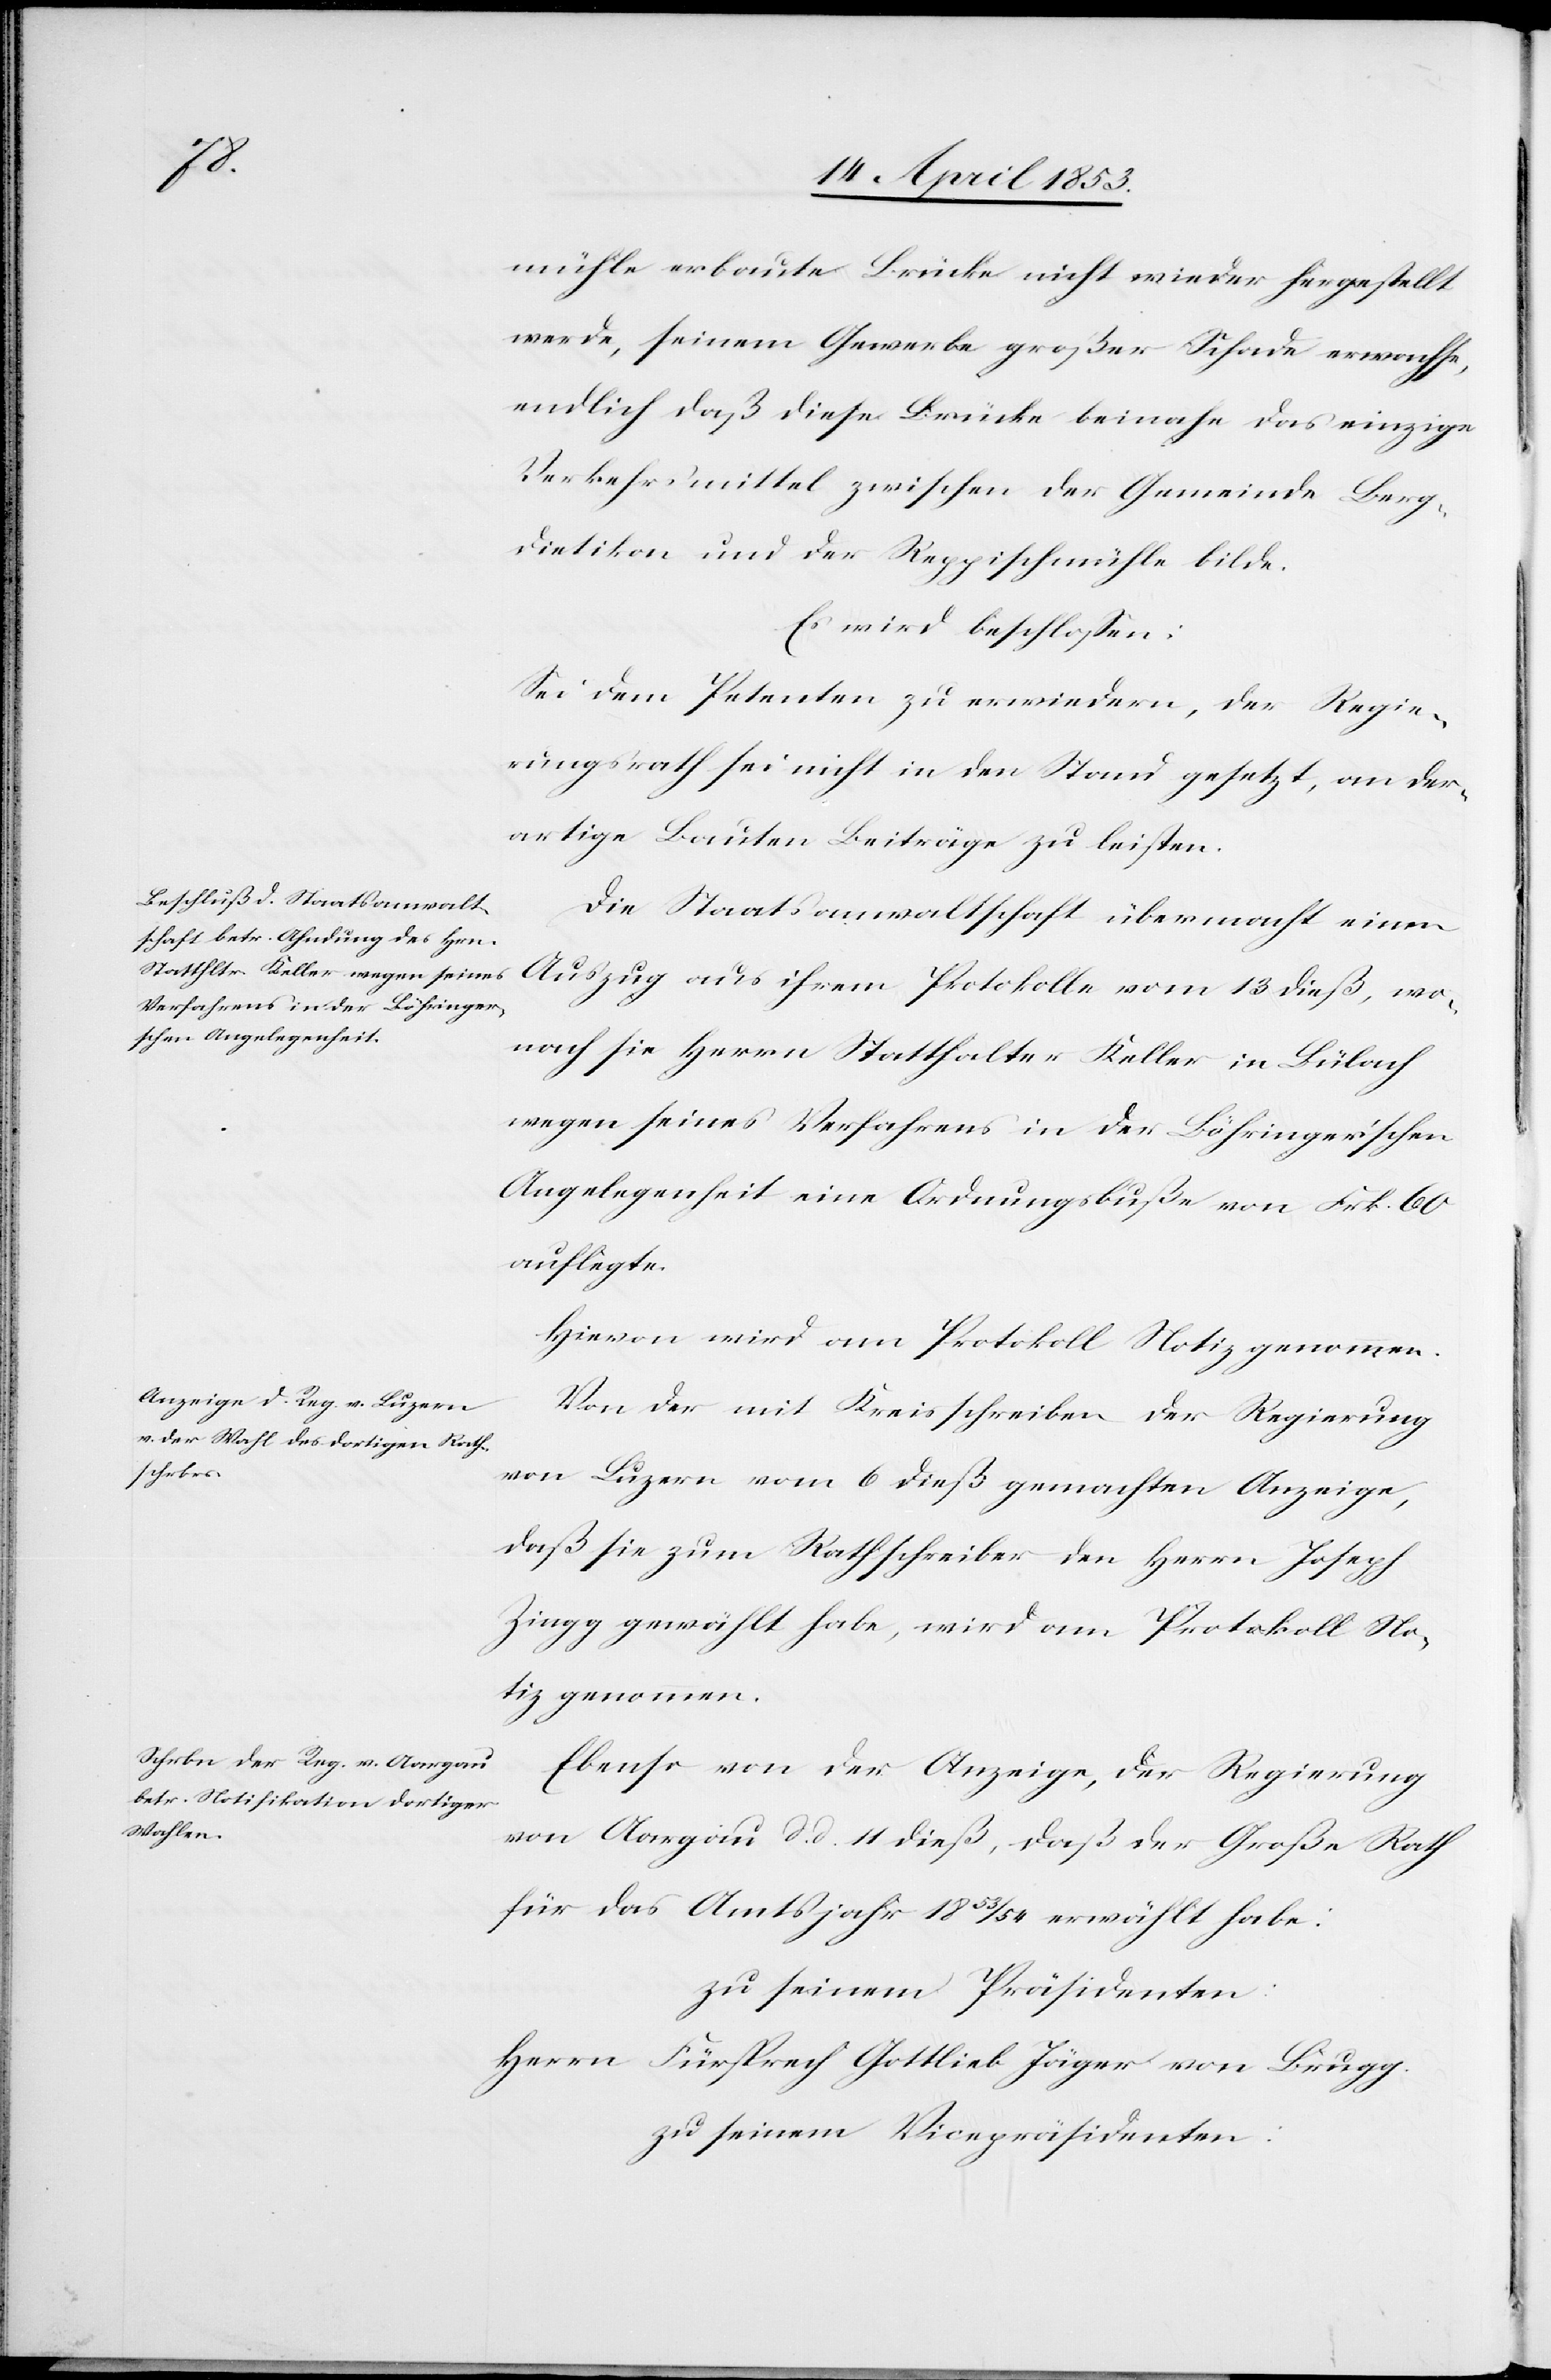
mühle erbaute Brücke nicht wieder hergestellt
werde, seinem Gewerbe großer Schade erwachse,
endlich da diese Brücke beinahe das einzige
Verkehrsmittel zwischen der Gemeinde Berg¬
dietikon und der Reppigschmühle bilde.
Es wird beschloßen:
Sei dem Petenten zu erwiedern, der Regie¬
rungsrath sei nicht in den Stand gesetzt, an der¬
artige Bauten Beiträge zu leisten.
Die Staatsanwaltschaft übermacht einen
Auszug aus ihrem Protokolle vom 13 dieß, wo¬
nach sie Herrn Statthalter Keller in Bülach
wegen seines Verfahrens in der Böhringer’schen
Angelegenheit eine Ordnungsbuße von Frk. 60
auflegte.
Hievon wird am Protokoll Notiz genommen.
Von der mit Kreisschreiben der Regierung
von Luzern vom 6 dieß gemachten Anzeige,
daß sie zum Rathschreiber den Herrn Joseph
Zingg gewählt habe, wird am Protokoll No¬
tiz genommen.
Ebenso von der Anzeige, der Regierung
von Aargau d. d. 11 dieß, daß der Große Rath
für das Amtsjahr 1853/54 erwählt habe.
zu seinem Präsidenten:
Herrn Fürsprech Gottlieb Jäger von Brugg.
zu seinem Vicepräsidenten: